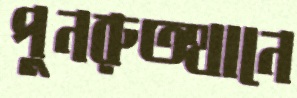
পুনরুত্থানে